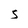
Character: S